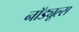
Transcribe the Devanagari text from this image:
नॉड्यूल्स